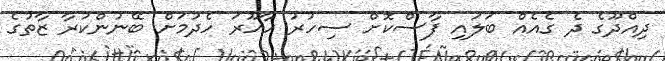
ދިއްދޫގެ ދެ ގެއެއް ބަލައި ފާސްކޮށް ސިހުރު ހާހޫރަ ހެދުމަށް ބޭނުންކުރާ ޒާތުގެ